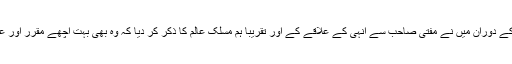
گفتگو کے دوران میں نے مفتی صاحب سے انہی کے علاقے کے اور تقریباََ ہم مسلک عالم کا ذکر کر دیا کہ وہ بھی بہت اچھے مقرر اور عالم ہیں۔